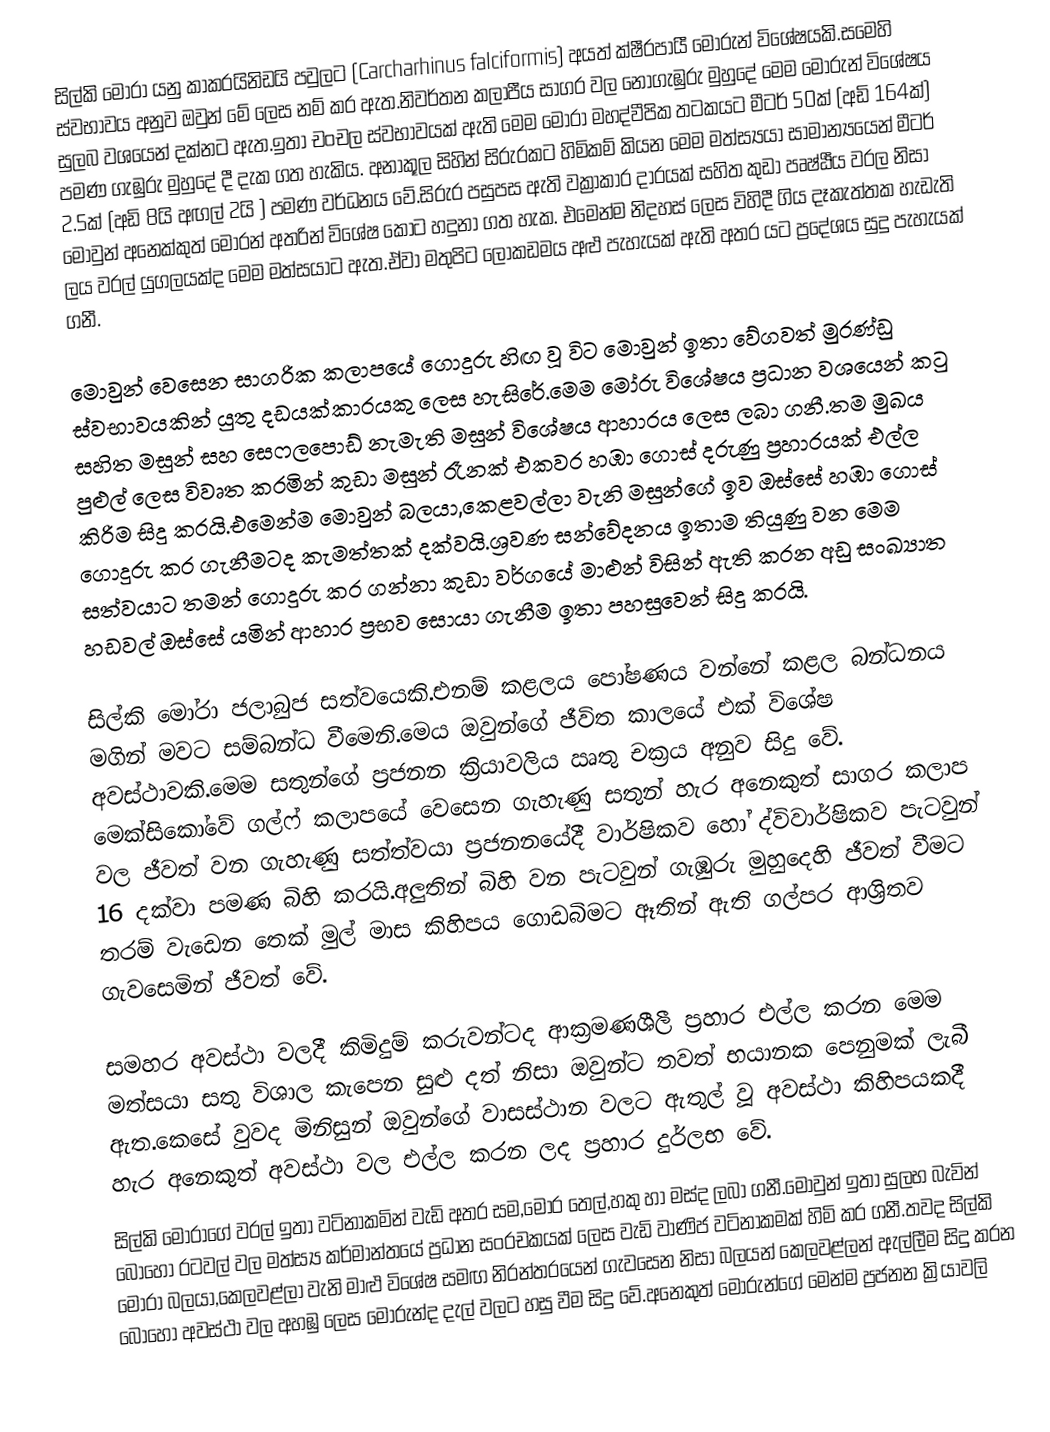
සිල්කි මෝරා යනු කාකරයිනිඩයි පවුලට (Carcharhinus falciformis) අයත් ක්ෂීරපායී මෝරුන් විශේෂයකි.සමෙහි ස්වභාවය අනුව ඔවුන් මේ ලෙස නම් කර ඇත.නිවර්තන කලාපීය සාගර වල නොගැඹුරු මුහුදේ මෙම මෝරුන් විශේෂය සුලබ වශයෙන් දක්නට ඇත.ඉතා චංචල ස්වභාවයක් ඇති මෙම මෝරා මහද්වීපික තටකයට මීටර් 50ක් (අඩි 164ක්) පමණ ගැඹුරු මුහුදේ දී දැක ගත හැකිය. අනාකූල සිහින් සිරුරකට හිමිකම් කියන මෙම මත්ස්‍යයා සාමාන්‍යයෙන් මීටර් 2.5ක් (අඩි 8යි අඟල් 2යි ) පමණ වර්ධනය වේ.සිරුර පසුපස ඇති වක්‍රාකාර දාරයක් සහිත කුඩා පෘෂ්ඨීය වරල නිසා මොවුන් අනෙක්කුත් මෝරන් අතරින් විශේෂ කොට හදුනා ගත හැක. එමෙන්ම නිදහස් ලෙස විහිදී ගිය දෑකැත්තක හැඩැති ලය වරල් යුගලයක්ද මෙම මත්සයාට ඇත.ඒවා මතුපිට ලෝකඩමය අළු පැහැයක් ඇති අතර යට ප්‍රදේශය සුදු පැහැයක් ගනී.

මොවුන් වෙසෙන සාගරික කලාපයේ ගොදුරු හිඟ වූ විට මොවුන් ඉතා වේගවත් මුරණ්ඩු ස්වභාවයකින් යුතු දඩයක්කාරයකු ලෙස හැසිරේ.මෙම මෝරු විශේෂය ප්‍රධාන වශයෙන් කටු සහිත මසුන් සහ සෙෆලපොඩ් නැමැති මසුන් විශේෂය ආහාරය ලෙස ලබා ගනී.තම මුඛය පුළුල් ලෙස විවෘත කරමින් කුඩා මසුන් රෑනක් එකවර හඹා ගොස් දරුණු ප්‍රහාරයක් එල්ල කිරිම සිදු කරයි.එමෙන්ම මොවුන් බලයා,කෙළවල්ලා වැනි මසුන්ගේ ඉව ඔස්සේ හඹා ගොස් ගොදුරු කර ගැනීමටද කැමත්තක් දක්වයි.ශ්‍රවණ සන්වේදනය ඉතාම තියුණු වන මෙම සත්වයාට තමන් ගොදුරු කර ගන්නා කුඩා වර්ගයේ මාළුන් විසින් ඇති කරන අඩු සංඛ්‍යාත හඩවල් ඔස්සේ යමින් ආහාර ප්‍රභව සොයා ගැනීම ඉතා පහසුවෙන් සිදු කරයි.

සිල්කි මෝරා ජලාබුජ සත්වයෙකි.එනම් කළලය පෝෂණය වන්නේ කළල බන්ධනය මගින් මවට සම්බන්ධ වීමෙනි.මෙය ඔවුන්ගේ ජීවිත කාලයේ එක් විශේෂ අවස්ථාවකි.මෙම සතුන්ගේ ප්‍රජනන ක්‍රියාවලිය ඍතු චක්‍රය අනුව සිදු වේ. මෙක්සිකෝවේ ගල්ෆ් කලාපයේ වෙසෙන ගැහැණු සතුන් හැර අනෙකුත් සාගර කලාප වල ජීවත් වන  ගැහැණු සත්ත්වයා ප්‍රජනනයේදී  වාර්ෂිකව හෝ ද්විවාර්ෂිකව පැටවුන් 16 දක්වා පමණ බිහි කරයි.අලුතින් බිහි වන පැටවුන් ගැඹුරු මුහුදෙහි ජීවත් වීමට තරම් වැඩෙන තෙක් මුල් මාස කිහිපය ගොඩබිමට ඈතින් ඇති ගල්පර ආශ්‍රිතව ගැවසෙමින් ජීවත් වේ.

සමහර අවස්ථා වලදී කිමිදුම් කරුවන්ටද ආක්‍රමණශීලී ප්‍රහාර එල්ල කරන මෙම මත්සයා සතු විශාල කැපෙන සුළු දත් නිසා ඔවුන්ට තවත් භයානක පෙනුමක් ලැබී ඇත.කෙසේ වුවද මිනිසුන් ඔවුන්ගේ වාසස්ථාන වලට ඇතුල් වූ අවස්ථා කිහිපයකදී හැර අනෙකුත් අවස්ථා වල එල්ල කරන ලද ප්‍රහාර දුර්ලභ වේ.
සිල්කි මෝරාගේ වරල් ඉතා වටිනාකමින් වැඩි අතර සම,මෝර තෙල්,හකු හා මස්ද ලබා ගනී.මොවුන් ඉතා සුලභ බැවින් බොහෝ රටවල් වල මත්ස්‍ය කර්මාන්තයේ ප්‍රධාන සංරචකයක් ලෙස වැඩි වාණිජ වටිනාකමක් හිමි කර ගනී.තවද සිල්කි මෝරා බලයා,කෙලවළ්ලා වැනි මාළු විශේෂ සමඟ නිරන්තරයෙන් ගැවසෙන නිසා බලයන් කෙලවළ්ලන් ඇල්ලීම සිදු කරන බොහෝ අවස්ථා වල අහඹු ලෙස මෝරුන්ද දැල් වලට හසු වීම සිදු වේ.අනෙකුත් මෝරුන්ගේ මෙන්ම ප්‍රජනන ක්‍රියාවලි